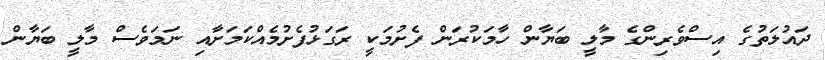
ދައުލަތުގެ އިސްވެރިންގެ މާލީ ބަޔާން ހާމަކުރަން ފެށުމަކީ ރަގަޅުފެށުމެއްކަމަށާއި ނަމަވެސް މާލީ ބަޔާން